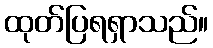
ထုတ်ပြရရှာသည်။